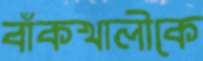
বাঁকখালীকে